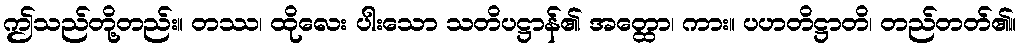
ဤသည်တို့တည်း။ တဿ၊ ထိုလေး ပါးသော သတိပဋ္ဌာန်၏ အတ္ထော၊ ကား။ ပဟတိဋ္ဌာတိ၊ တည်တတ်၏။